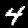
Digit: 4